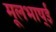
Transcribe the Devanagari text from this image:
मूलभाष्ई